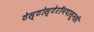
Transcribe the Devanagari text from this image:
टेस्टोस्टेरॉनपासूनही